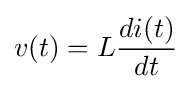
v(t)=L{\frac {di(t)}{dt}}